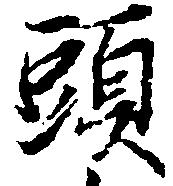
頭